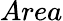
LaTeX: Area